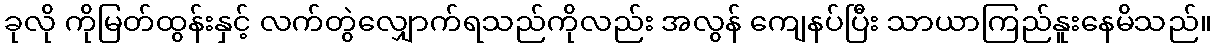
ခုလို ကိုမြတ်ထွန်းနှင့် လက်တွဲလျှောက်ရသည်ကိုလည်း အလွန် ကျေနပ်ပြီး သာယာကြည်နူးနေမိသည်။